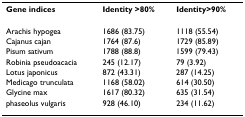
<table><thead><tr><td><b>Gene indices</b></td><td><b>Identity &gt;80%</b></td><td><b>Identity&gt;90%</b></td></tr></thead><tbody><tr><td>Arachis hypogea</td><td>1686 (83.75)</td><td>1118 (55.54)</td></tr><tr><td>Cajanus cajan</td><td>1764 (87.6)</td><td>1729 (85.89)</td></tr><tr><td>Pisum sativum</td><td>1788 (88.8)</td><td>1599 (79.43)</td></tr><tr><td>Robinia pseudoacacia</td><td>245 (12.17)</td><td>79 (3.92)</td></tr><tr><td>Lotus japonicus</td><td>872 (43.31)</td><td>287 (14.25)</td></tr><tr><td>Medicago trunculata</td><td>1168 (58.02)</td><td>614 (30.50)</td></tr><tr><td>Glycine max</td><td>1617 (80.32)</td><td>635 (31.54)</td></tr><tr><td>phaseolus vulgaris</td><td>928 (46.10)</td><td>234 (11.62)</td></tr></tbody></table>